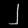
Digit: ၂